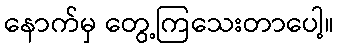
နောက်မှ တွေ့ကြသေးတာပေါ့။